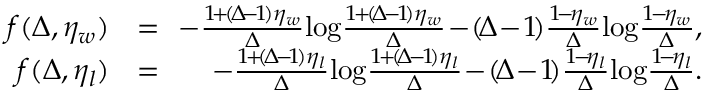
\begin{array} { r l r } { \! \! f ( \Delta , \eta _ { w } ) \! \! } & { { } = } & { \! \! - \frac { 1 \! + \! ( \! \Delta \! - \! 1 \! ) \eta _ { w } } { \Delta } \! \log \! \frac { 1 \! + \! ( \! \Delta \! - \! 1 \! ) \eta _ { w } } { \Delta } \! - \! ( \! \Delta \! - \! 1 \! ) \frac { 1 \! - \! \eta _ { w } } { \Delta } \! \log \! \frac { 1 \! - \! \eta _ { w } } { \Delta } , } \\ { \! \! f ( \Delta , \eta _ { l } ) \! \! } & { { } = } & { \! \! - \frac { 1 \! + \! ( \! \Delta \! - \! 1 \! ) \eta _ { l } } { \Delta } \! \log \! \frac { 1 \! + \! ( \! \Delta \! - \! 1 \! ) \eta _ { l } } { \Delta } \! - \! ( \! \Delta \! - \! 1 \! ) \frac { 1 \! - \! \eta _ { l } } { \Delta } \! \log \! \frac { 1 \! - \! \eta _ { l } } { \Delta } . } \end{array}